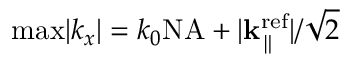
\mathrm { m a x } | k _ { x } | = k _ { 0 } \mathrm { N A } + | { \bf k } _ { \parallel } ^ { \mathrm { r e f } } | / \sqrt { 2 }